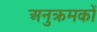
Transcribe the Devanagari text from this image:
अनुक्रमकों